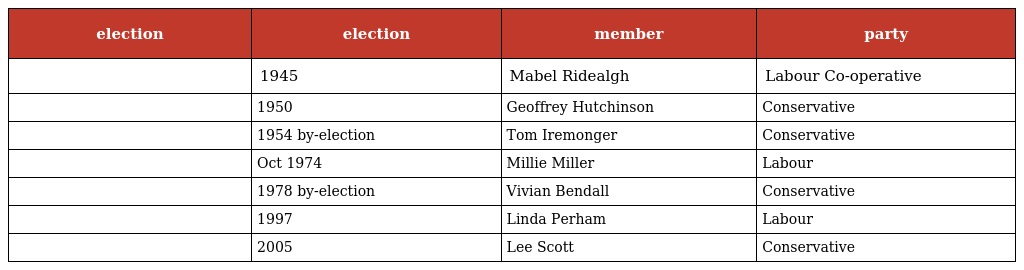
| election | election | member | party |
 | --- | --- | --- | --- |
 |  | 1945 | Mabel Ridealgh | Labour Co-operative |
 |  | 1950 | Geoffrey Hutchinson | Conservative |
 |  | 1954 by-election | Tom Iremonger | Conservative |
 |  | Oct 1974 | Millie Miller | Labour |
 |  | 1978 by-election | Vivian Bendall | Conservative |
 |  | 1997 | Linda Perham | Labour |
 |  | 2005 | Lee Scott | Conservative |